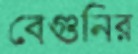
বেগুনির